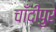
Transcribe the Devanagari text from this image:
चाँदीपुर